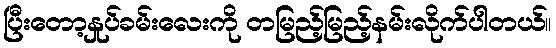
ပြီးတော့နှုပ်ခမ်းလေးကို တမြည့်မြည့်နမ်းလိုက်ပါတယ်။